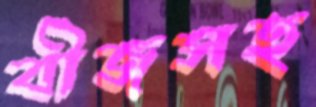
বীজসহ